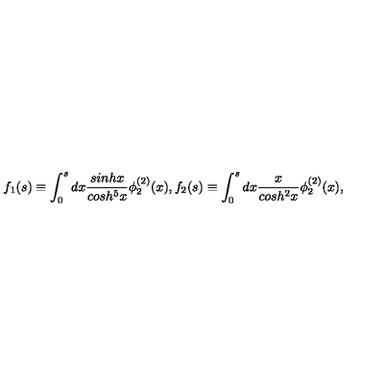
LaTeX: f _ { 1 } ( s ) \equiv \int _ { 0 } ^ { s } d x \frac { s i n h x } { c o s h ^ { 5 } x } \phi _ { 2 } ^ { ( 2 ) } ( x ) , f _ { 2 } ( s ) \equiv \int _ { 0 } ^ { s } d x \frac { x } { c o s h ^ { 2 } x } \phi _ { 2 } ^ { ( 2 ) } ( x ) ,